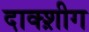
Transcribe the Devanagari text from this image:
दाक्श़ीग